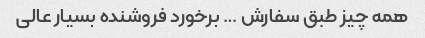
همه چیز طبق سفارش … برخورد فروشنده بسیار عالی